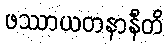
ဖဿာယတနာနီတိ